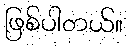
ဖြစ်ပါတယ်။